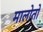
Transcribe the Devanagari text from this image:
मालोतो